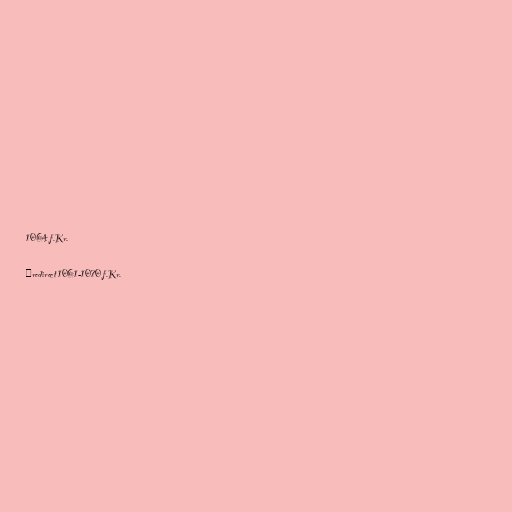
1064 f.Kr.

#redirect 1061-1070 f.Kr.